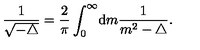
\frac { 1 } { \sqrt { - \triangle } } = \frac { 2 } { \pi } \int _ { 0 } ^ { \infty } \! { { \mathrm d } } m \frac { 1 } { m ^ { 2 } - \triangle } .